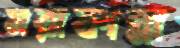
মরাকান্না